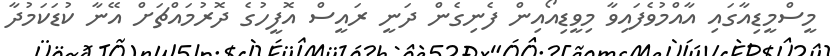
މީސްމީޑިއާގައި އާއްމުވެފައިވާ މިވީޑިއޯއިން ފެނިގެން ދަނީ ރައީސް އޮފީހުގެ ދޮރުމައްޗަށް އޭނާ ކުޑަކަމުދާ